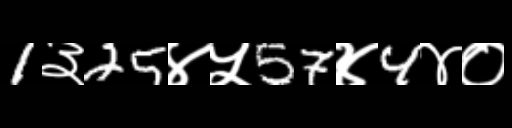
Text: 1३25४५57४4४०